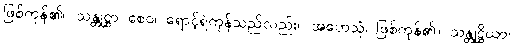
ဖြစ်ကုန်၏။ သန္တုဋ္ဌာ စေဝ၊ ရောင့်ရဲကုန်သည်လည်း။ အဟေသုံ၊ ဖြစ်ကုန်၏။ သန္တုဋ္ဌိယာ၊